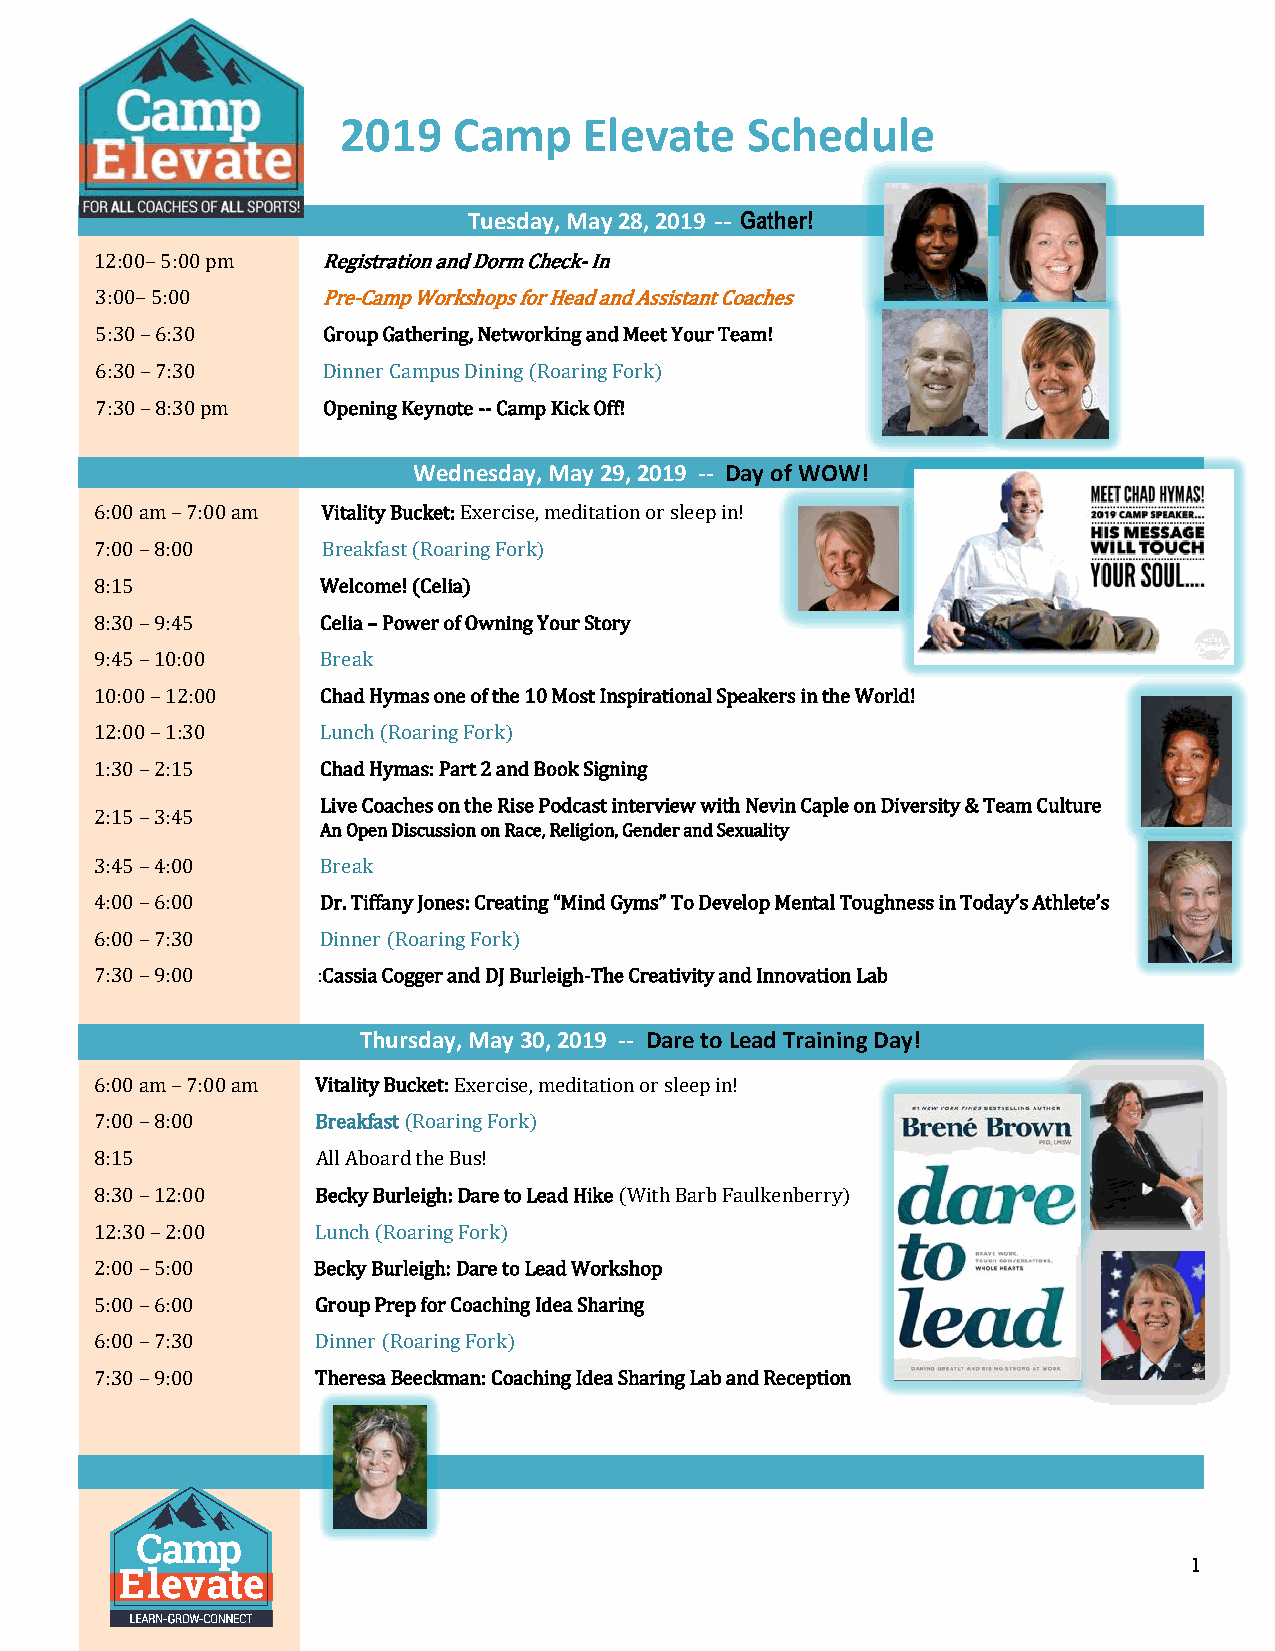
2019   Camp     Elevate   Schedule
 Tuesday, May 28, 2019 -- Gather!
 12:00– 5:00 pm Registration and Dorm Check- In
 3:00– 5:00     Pre-Camp Workshops for Head and Assistant Coaches
 5:30 – 6:30    Group Gathering, Networking and Meet Your Team!
 6:30 – 7:30    Dinner Campus Dining (Roaring Fork)
 7:30 – 8:30 pm Opening Keynote -- Camp Kick Off!
 Wednesday, May 29, 2019 -- Day of WOW!
 6:00 am – 7:00 am Vitality Bucket: Exercise, meditation or sleep in!
 7:00 – 8:00    Breakfast (Roaring Fork)
 8:15           Welcome! (Celia)
 8:30 – 9:45    Celia – Power of Owning Your Story
 9:45 – 10:00   Break
 10:00 – 12:00  Chad Hymas one of the 10 Most Inspirational Speakers in the World!
 12:00 – 1:30   Lunch (Roaring Fork)
 1:30 – 2:15    Chad Hymas: Part 2 and Book Signing
 Live Coaches on the Rise Podcast interview with Nevin Caple on Diversity & Team Culture
 2:15 – 3:45
 An Open Discussion on Race, Religion, Gender and Sexuality
 3:45 – 4:00    Break
 4:00 – 6:00    Dr. Tiffany Jones: Creating “Mind Gyms” To Develop Mental Toughness in Today’s Athlete’s
 6:00 – 7:30    Dinner (Roaring Fork)
 7:30 – 9:00    :Cassia Cogger and DJ Burleigh-The Creativity and Innovation Lab
 Thursday, May 30, 2019 -- Dare to Lead Training Day!
 6:00 am – 7:00 am Vitality Bucket: Exercise, meditation or sleep in!
 7:00 – 8:00    Breakfast (Roaring Fork)
 8:15           All Aboard the Bus!
 8:30 – 12:00   Becky Burleigh: Dare to Lead Hike (With Barb Faulkenberry)
 12:30 – 2:00   Lunch (Roaring Fork)
 2:00 – 5:00    Becky Burleigh: Dare to Lead Workshop
 5:00 – 6:00    Group Prep for Coaching Idea Sharing
 6:00 – 7:30    Dinner (Roaring Fork)
 7:30 – 9:00    Theresa Beeckman: Coaching Idea Sharing Lab and Reception
 1